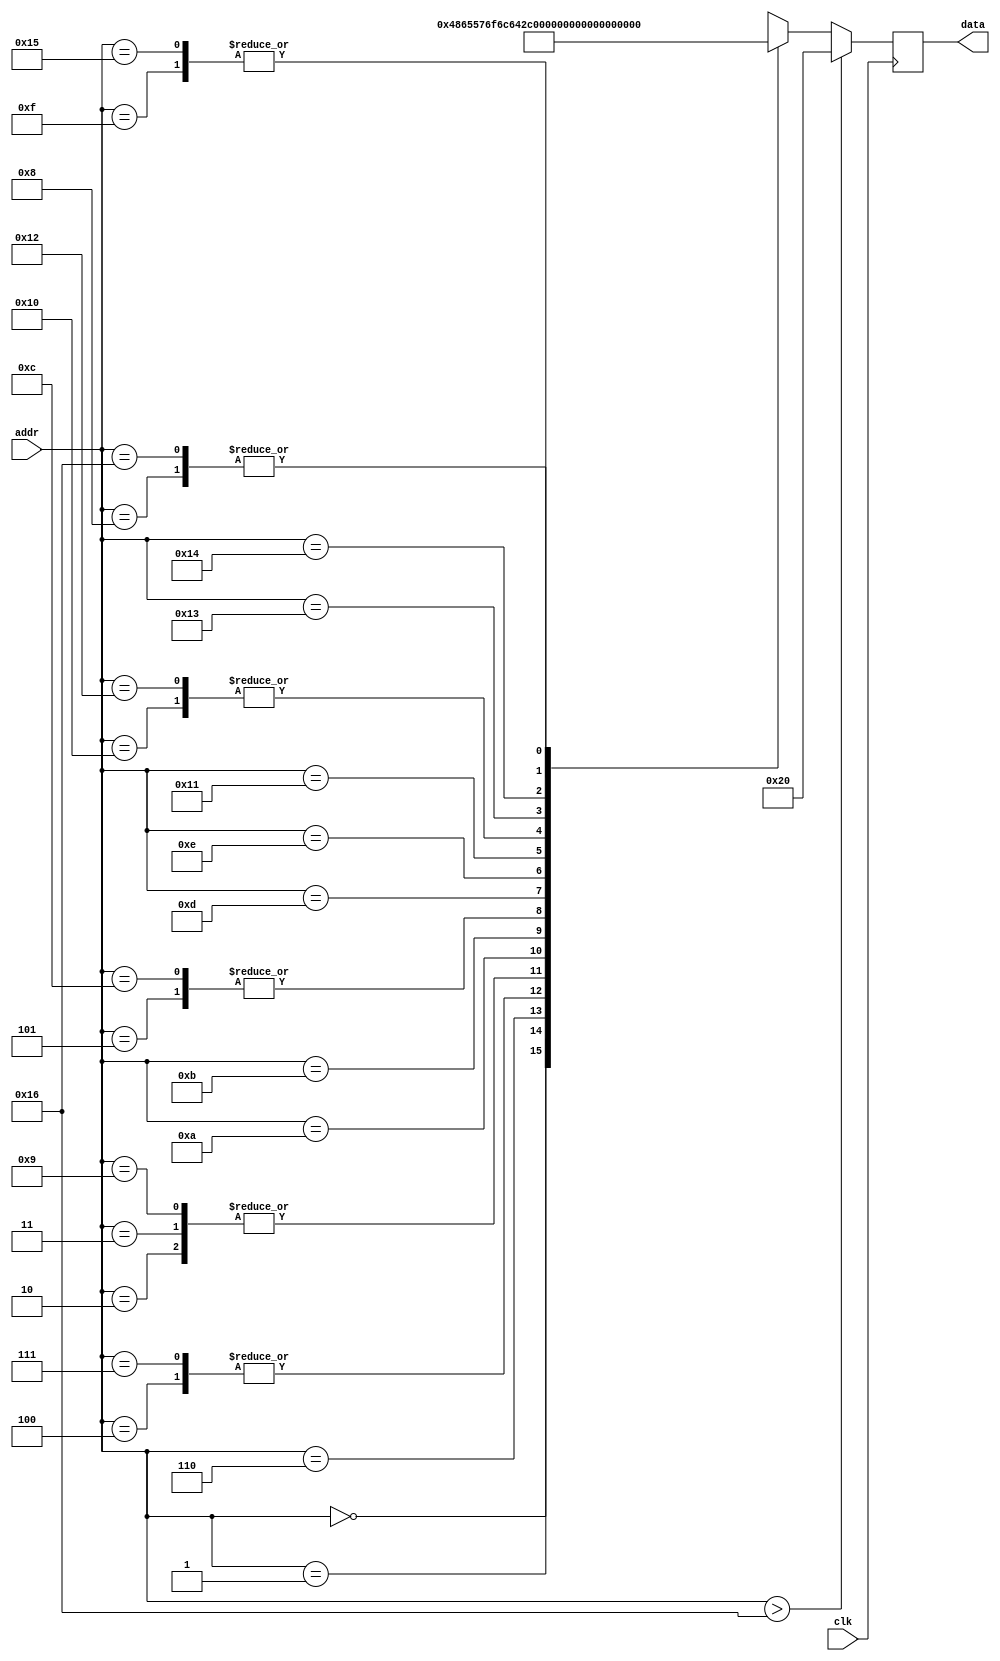
module rom_helloworld (
    input clk,
    input [4:0] addr,
    output [7:0] data
);

localparam MESSAGE_LEN = 23;

wire [7:0] rom_data [(MESSAGE_LEN - 1):0];
 
assign rom_data[0] = "H";
assign rom_data[1] = "e";
assign rom_data[2] = "l";
assign rom_data[3] = "l";
assign rom_data[4] = "o";
assign rom_data[5] = " ";
assign rom_data[6] = "W";
assign rom_data[7] = "o";
assign rom_data[8] = "r";
assign rom_data[9] = "l";
assign rom_data[10] = "d";
assign rom_data[11] = ",";
assign rom_data[12] = " ";
assign rom_data[13] = "V";
assign rom_data[14] = "i";
assign rom_data[15] = "n";
assign rom_data[16] = "a";
assign rom_data[17] = "y";
assign rom_data[18] = "a";
assign rom_data[19] = "k";
assign rom_data[20] = "!";
assign rom_data[21] = "\n";
assign rom_data[22] = "\r";
 
reg [7:0] data_d, data_q;
 
assign data = data_q;
 
always @(*) begin
    if (addr > (MESSAGE_LEN - 1))
        data_d = " ";
    else
        data_d = rom_data[addr];
end
 
always @(posedge clk) begin
    data_q <= data_d;
end
 
endmodule